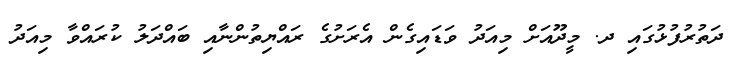
ދަތުރުފުޅުގައި ދ. މީދޫއަށް މިއަދު ވަޑައިގެން އެރަށުގެ ރައްޔިތުންނާއި ބައްދަލު ކުރައްވާ މިއަދު